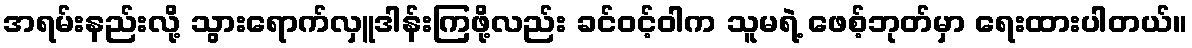
အရမ်းနည်းလို့ သွားရောက်လှူဒါန်းကြဖို့လည်း ခင်ဝင့်ဝါက သူမရဲ့ ဖေစ့်ဘုတ်မှာ ရေးထားပါတယ်။